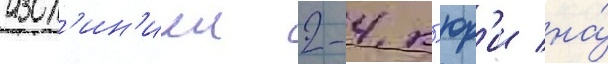
изол'ин'иеи 2-4 к'юр'и на́